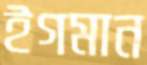
ইগমান